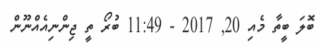
ބޮލަ ބީތާ މެއި 20